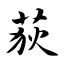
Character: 荻